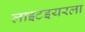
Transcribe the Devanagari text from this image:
लाइटइयरला